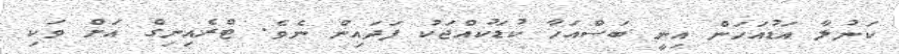
ކަނުލާ އަޑުއަހަން އިނީ ބަސްއަހާ ކުޑަކުއްޖަކު ފަދައިން ނެވެ. ޓްރެއިނިގް އަށް ވަކި